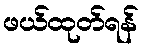
ဖယ်ထုတ်ရန်